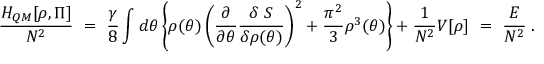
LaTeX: \frac { H _ { Q M } [ \rho , \Pi ] } { N ^ { 2 } } ~ = ~ \frac { \gamma } { 8 } \int d \theta \left\{ \rho ( \theta ) \left( \frac { \partial } { \partial \theta } \frac { \delta ~ S } { \delta \rho ( \theta ) } \right) ^ { 2 } + \frac { \pi ^ { 2 } } { 3 } \rho ^ { 3 } ( \theta ) \right\} + \frac { 1 } { N ^ { 2 } } V [ \rho ] ~ = ~ \frac { E } { N ^ { 2 } } \; .